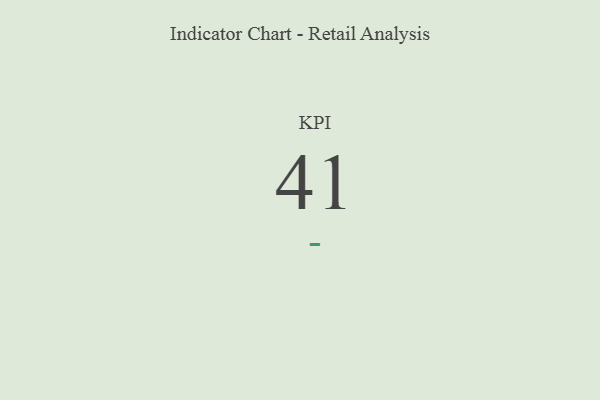
{"axis": {"x": "KPI", "y": "Value"}, "legend": [""], "data": [{"x": "KPI", "y": 41, "type": ""}]}